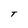
Character: T